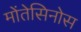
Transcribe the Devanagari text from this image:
मोंतेसिनोस